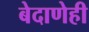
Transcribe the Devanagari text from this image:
बेदाणेही